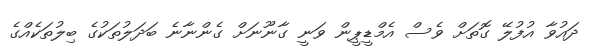
ދައުވާ އުފުލޭ ގޮތަށް ވެސް އެމްޑީޕީން ވަނީ ގާނޫނަށް ގެންނާނެ ބަދަލުތަކުގެ ބިލުތަކެއްގެ